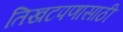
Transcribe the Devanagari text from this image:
तिखटपणासाठी